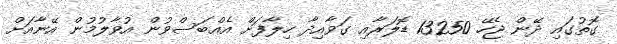
ގޮތުގައި ދޭން ޖެހޭ 13250 ޑޮލަރާއި ގަވާއިދާ ހިލާފަށް އެއްބަސްވުން އުވާލުމުން އޭނާއަށް